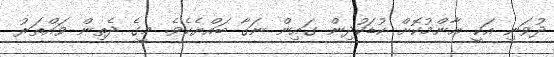
ދުވަނި އަކީ ޢާންމުކޮށް ކުޑަކުދިން ގައިން ނަގާ ބައްޔެކެވެ. މީގެ ދެތިން ވައްތަރު